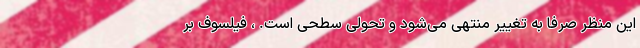
این منظر صرفا به تغییر منتهی می‌شود و تحولی سطحی است. ، فیلسوف بر